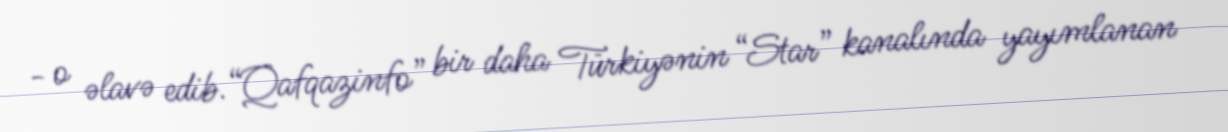
- o əlavə edib.“Qafqazinfo” bir daha Türkiyənin “Star” kanalında yayımlanan